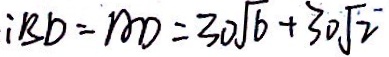
: B D = A D = 3 0 \sqrt { 6 } + 3 0 \sqrt { 2 }